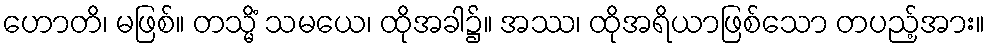
ဟောတိ၊ မဖြစ်။ တသ္မိံ သမယေ၊ ထိုအခါ၌။ အဿ၊ ထိုအရိယာဖြစ်သော တပည့်အား။